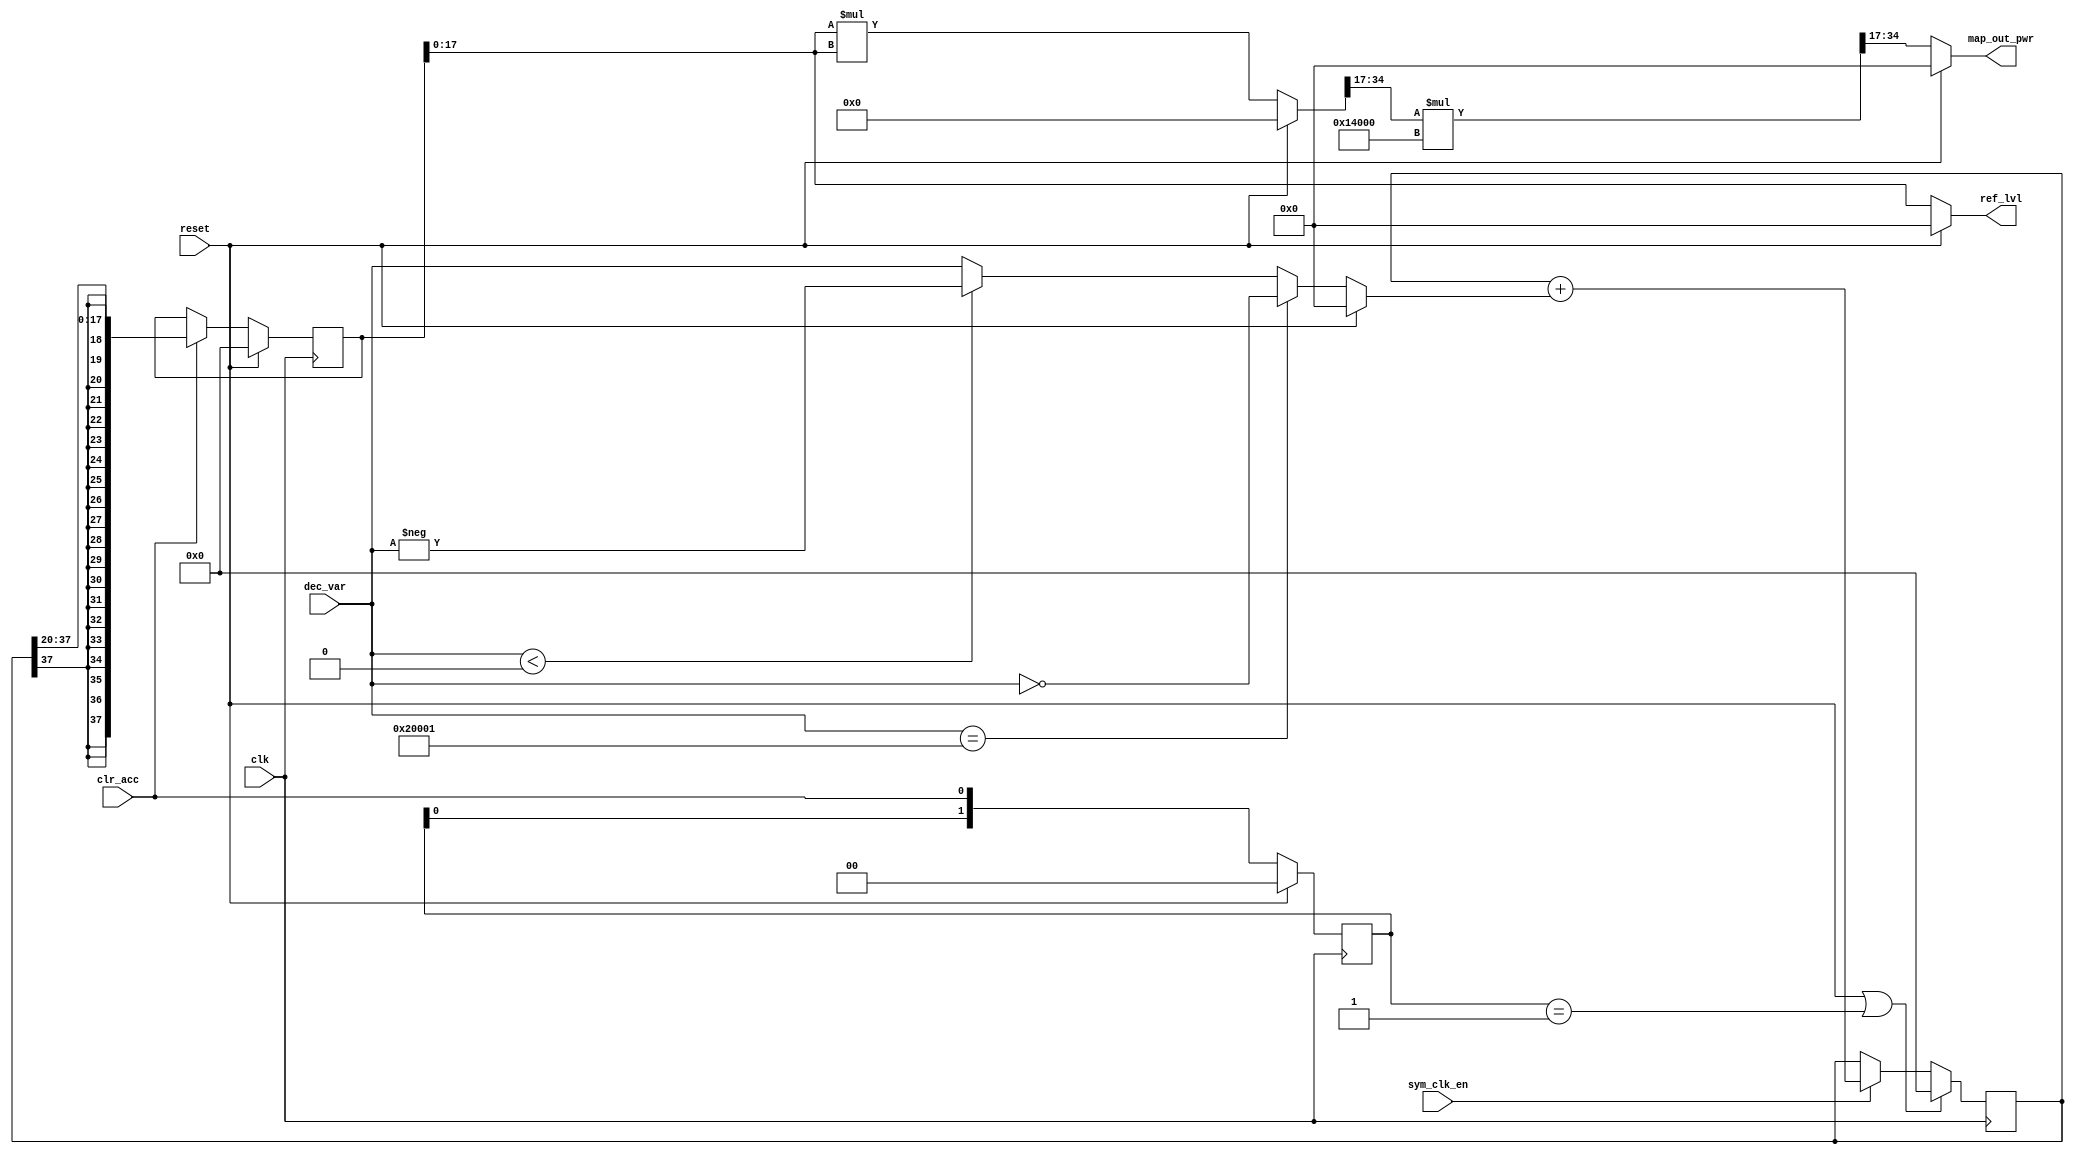
module avg_mag #(parameter LFSR_WID = 22,parameter ACC_WID = 38)( 
    input signed [17:0] dec_var,
    input sym_clk_en, clr_acc, clk, reset, 
    output reg signed [17:0] ref_lvl, map_out_pwr
);

(* noprune *) reg signed [ACC_WID-1:0] acc_out;
//(* preserve *) reg signed [17:0] reg_out;
(* preserve *) reg signed [ACC_WID-1:0] reg_out;
(* keep *) reg signed [17:0] abs, square;
(* keep *) reg signed [35:0] mult_out, mult_out_2;
(* keep *) reg [1:0] det_edge;
(* keep *) wire sig_edge;

initial begin
    ref_lvl = 18'd0;
    map_out_pwr = 18'd0;
    acc_out = {ACC_WID{1'b0}};
    reg_out = 18'd0;
    square = 18'd0;
    abs = 18'd0;
    mult_out = 36'd0;
    mult_out_2 = 36'd0;
    det_edge = 2'd0;
end

always @ (posedge clk)
//always @ *
    if (reset) det_edge <= 2'd0;
    else det_edge <= {det_edge[0], clr_acc};

//assign sig_edge = (det_edge == 2'b10);
assign sig_edge = (det_edge == 2'b01);

always @ *
    if (reset) abs = 18'sd0;
    else if (dec_var == -18'sd131071) abs = ~dec_var;
    else if ($signed(dec_var) < 18'sd0) abs = -$signed(dec_var);
    else abs = dec_var;

always @ (posedge clk)
    if (reset || sig_edge) acc_out <= {ACC_WID{1'b0}};
    //if (reset || clr_acc) acc_out = {ACC_WID{1'b0}}; //fallin edge of clr_acc is on posedge clk, thus timing is missed; 
    else if (sym_clk_en) acc_out <= acc_out + abs;
    else acc_out <= acc_out;

always @ (posedge clk)
    if (reset) reg_out <= $signed({ACC_WID{1'b0}});
    else if (clr_acc) reg_out <= acc_out >>> (ACC_WID-18);
    else reg_out <= reg_out;

always @ *
    if (reset) ref_lvl = 18'sd0;
    else ref_lvl = reg_out[17:0];

//AFTER
always @ *
    if (reset) mult_out = 18'sd0;
    else mult_out = reg_out[17:0] * reg_out[17:0];
	 
always @ *
    square = $signed(mult_out[34:17]);

always @ *
    //1.25 -> 2s16 -> 81920
    mult_out_2 = square * 18'sd81920;

always @ * 
    if (reset) map_out_pwr = 18'sd0;
    else map_out_pwr = $signed(mult_out_2[34:17]);

endmodule